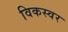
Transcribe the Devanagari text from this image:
विकस्वर